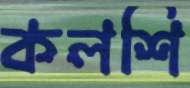
কলশি